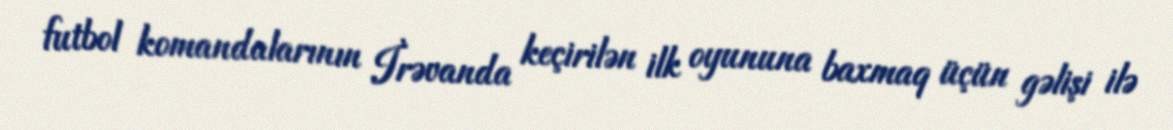
futbol komandalarının İrəvanda keçirilən ilk oyununa baxmaq üçün gəlişi ilə